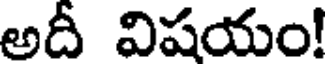
అదీ విషయం!